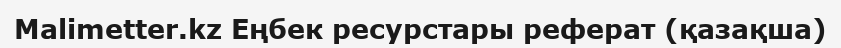
Malimetter.kz Еңбек ресурстары реферат (қазақша)